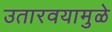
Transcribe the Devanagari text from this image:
उतारवयामुळे